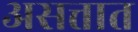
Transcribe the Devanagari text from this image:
असत्तात